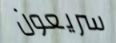
سريعون